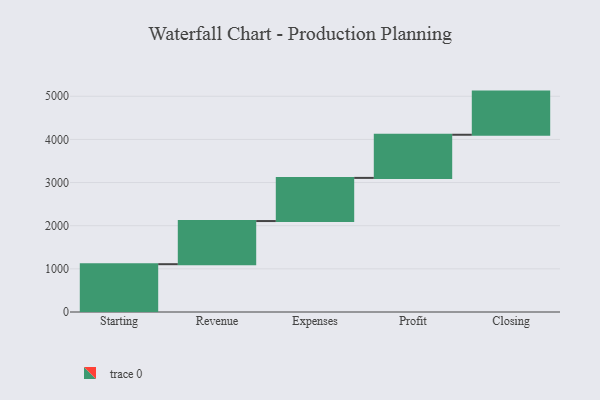
{"axis": {"x": "Step", "y": "Value"}, "legend": [""], "data": [{"x": "Starting", "y": 1108.0, "type": ""}, {"x": "Revenue", "y": 1000, "type": ""}, {"x": "Expenses", "y": 1000, "type": ""}, {"x": "Profit", "y": 1000, "type": ""}, {"x": "Closing", "y": 1000, "type": ""}]}